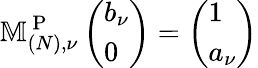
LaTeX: \mathbb{M}_{(N),\nu}^{\mathrm{~P~}}\left(\begin{array}{l}{b_{\nu}}\\ {0}\end{array}\right)=\left(\begin{array}{l}{1}\\ {a_{\nu}}\end{array}\right)